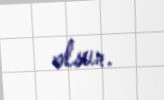
olsun.